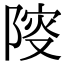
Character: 𨺦